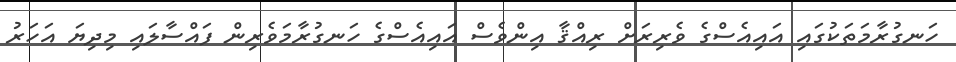
ހަނގުރާމަތަކުގައި އައިއެސްގެ ވެރިރަށް ރިއްޤާ އިންވެސް އައިއެސްގެ ހަނގުރާމަވެރިން ފައްސާލައި މިދިޔަ އަހަރު